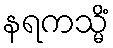
နရကသ္မိံ